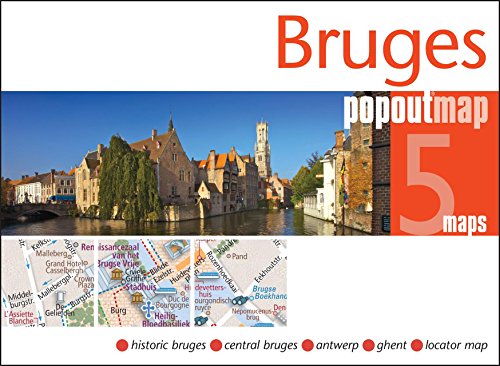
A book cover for Bruges PopOut Map (PopOut Maps); Popout Maps; Travel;